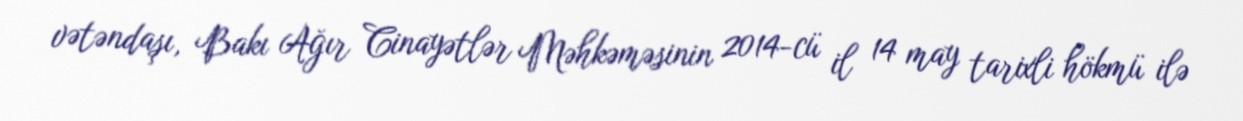
vətəndaşı, Bakı Ağır Cinayətlər Məhkəməsinin 2014-cü il 14 may tarixli hökmü ilə